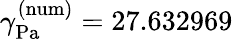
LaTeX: \gamma_{\mathrm{{Pa}}}^{\mathrm{{(num)}}}=27.632969